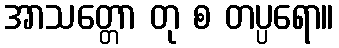
အာသတ္တော တု စ တပ္ပရော။